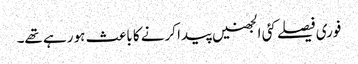
فوری فیصلے کئی الجھنیں پیدا کرنے کا باعث ہو رہے تھے۔